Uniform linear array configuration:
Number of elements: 32
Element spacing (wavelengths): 1
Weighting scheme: exponential
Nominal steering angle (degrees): -30
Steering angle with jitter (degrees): -30.541
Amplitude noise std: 0.05
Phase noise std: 0.05

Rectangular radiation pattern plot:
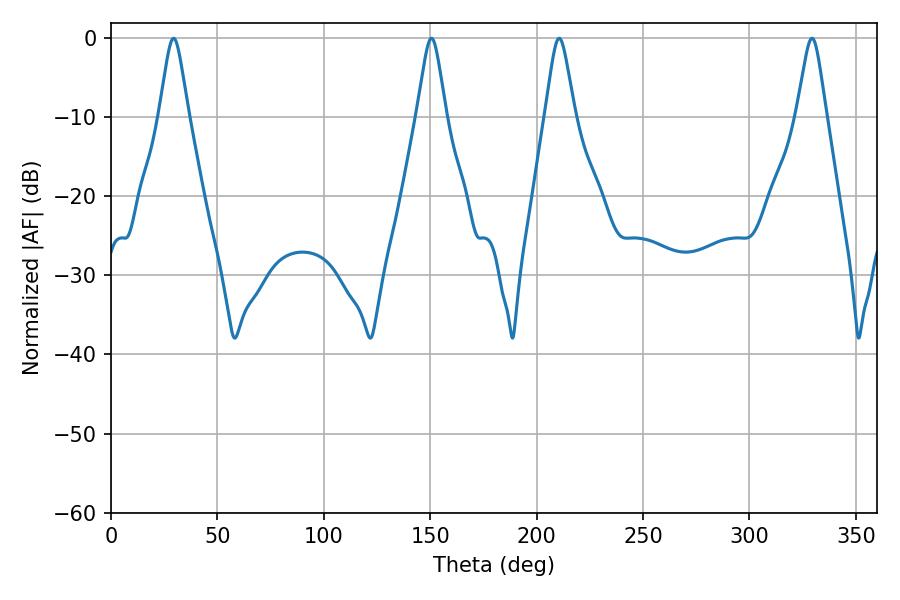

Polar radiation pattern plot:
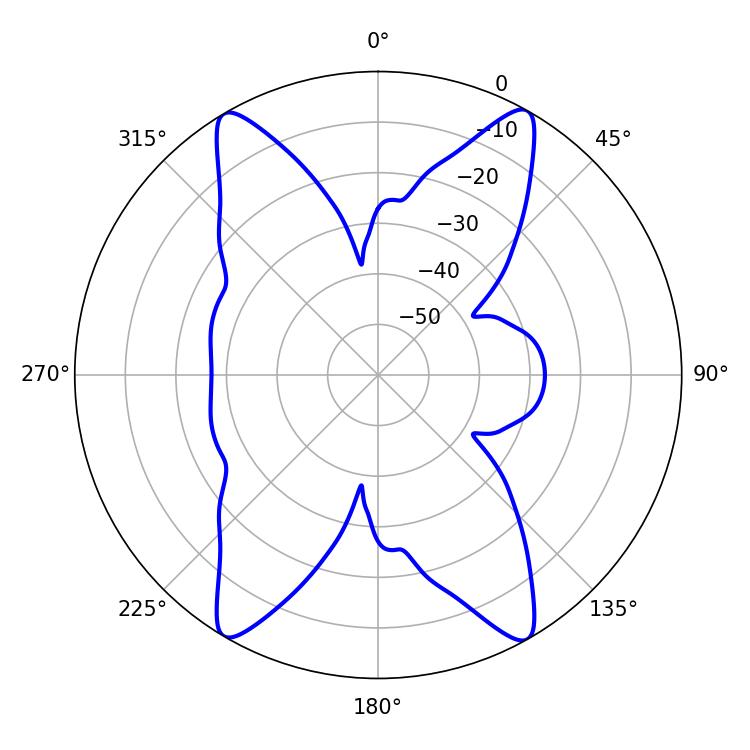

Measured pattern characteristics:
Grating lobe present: TRUE
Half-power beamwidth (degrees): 6.66
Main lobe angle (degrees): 210.6